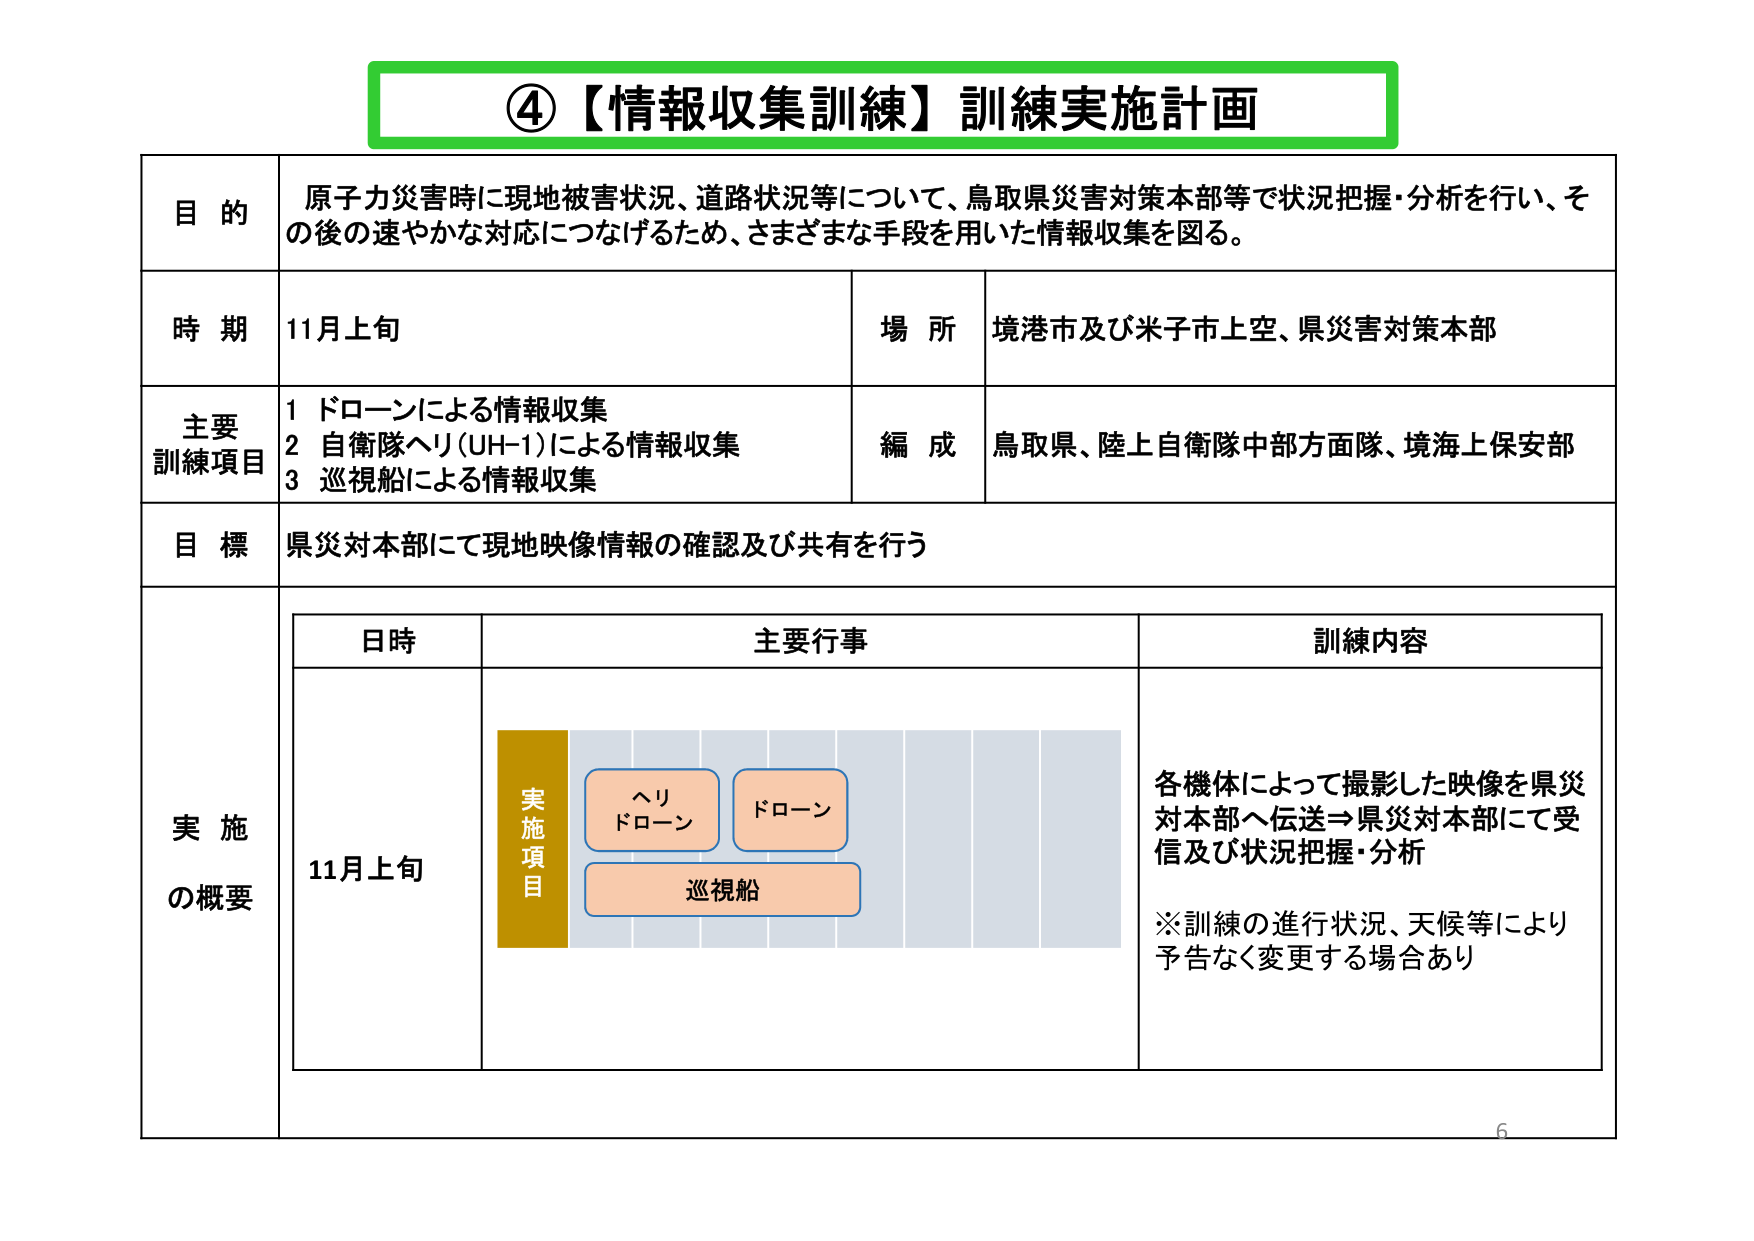
④【情報収集訓練】訓練実施計画

目的
原子力災害時に現地被害状況、道路状況等について、鳥取県災害対策本部等で状況把握・分析を行い、その後の速やかな対応につなげるため、さまざまな手段を用いた情報収集を図る。

時期
11月上旬

場所
境港市及び米子市上空、県災害対策本部

主要訓練項目
1 ドローンによる情報収集
2 自衛隊ヘリ(UH-1)による情報収集
3 巡視船による情報収集

編成
鳥取県、陸上自衛隊中部方面隊、境海上保安部

目標
県災対本部にて現地映像情報の確認及び共有を行う

実施の概要

日時
11月上旬

主要行事
実施項目
ヘリ
ドローン
ドローン
巡視船

訓練内容
各機体によって撮影した映像を県災対本部へ伝送⇒県災対本部にて受信及び状況把握・分析
※訓練の進行状況、天候等により予告なく変更する場合あり

6